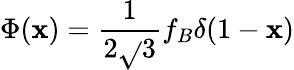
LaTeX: \Phi(\mathbf{x})={\frac{{1}}{{2\sqrt{}{{3}}}}}f_{B}\delta(1-\mathbf{x})